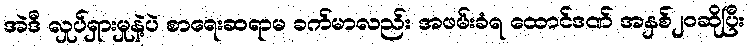
အဲဒီ လှုပ်ရှားမှုနဲ့ပဲ စာရေးဆရာမ ခက်မာလည်း အဖမ်းခံရ ထောင်ဒဏ် အနှစ်၂၀ဆိုပြီး